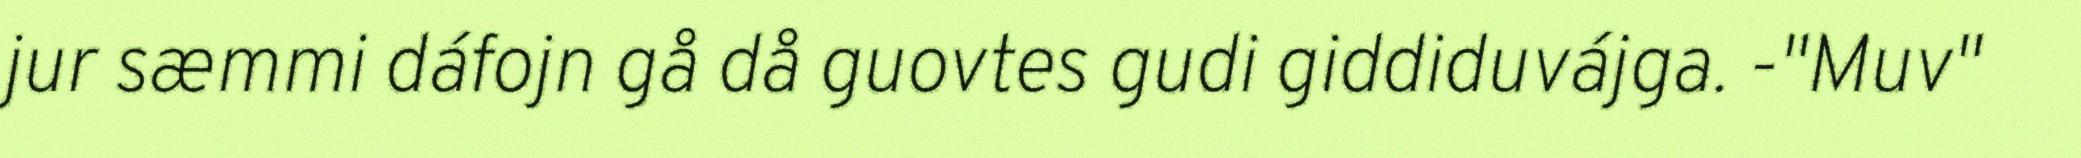
jur sæmmi dáfojn gå då guovtes gudi giddiduvájga. -"Muv"